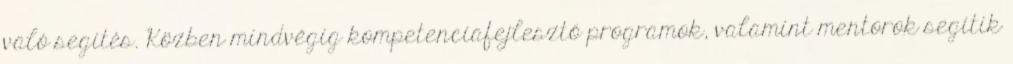
való segítés. Közben mindvégig kompetenciafejlesztő programok, valamint mentorok segítik